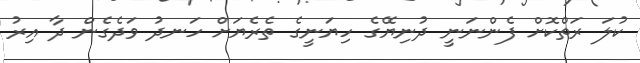
ކުލަ ރަތްކޮށް ފެންނަނީ ދުނިޔޭގެ ހިޔަނީގެ ތެރެޔަށް ހަނދު ވަދެގެން ދާ އިރު